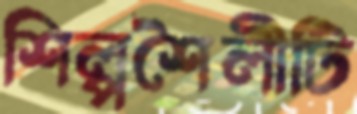
শিল্পশৈলীটি